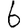
Digit: 6